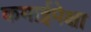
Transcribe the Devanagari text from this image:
कमाईपेक्षा